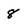
Character: 8